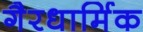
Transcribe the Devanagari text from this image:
गैरधार्मिक